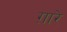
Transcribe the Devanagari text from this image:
ग़ारे